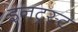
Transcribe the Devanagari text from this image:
इनट्रस्ट